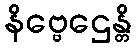
နိဗ္ဗေဌေန္တိ